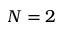
N = 2